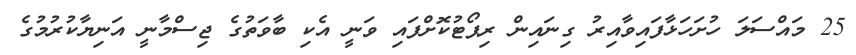
25 މައްސަލަ ހުށަހަޅާފައިވާއިރު ގިނައިން ރިޕޯޓުކޮށްފައި ވަނީ އެކި ބާވަތުގެ ޖިސްމާނީ އަނިޔާކުރުމުގެ